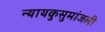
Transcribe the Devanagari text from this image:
न्यायकुसुमांजली